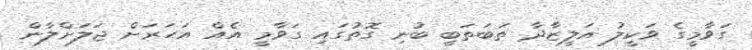
ގަވާމީގެ ވަކީލު އަލީޒާދާ ތަބަތަބީ ބުނި ގޮތުގައި ގަވާމީ އެއް އަހަރަށް ޖަލަށްލާން